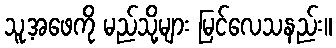
သူ့အဖေကို မည်သို့များ မြင်လေသနည်း။